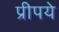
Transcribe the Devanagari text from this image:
प्रीपये